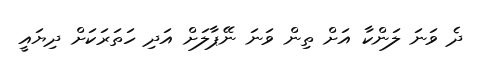
ދެ ވަނަ ލަންކާ އަށް ތިން ވަނަ ނޭޕާލަށް އަދި ހަތަރަކަށް ދިޔައީ